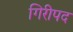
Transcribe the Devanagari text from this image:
गिरीपद